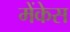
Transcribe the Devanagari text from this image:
मेंकेस